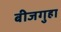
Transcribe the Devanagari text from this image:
बीजगुहा